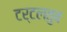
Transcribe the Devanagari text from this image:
टर्टलतुब